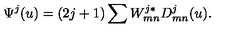
\Psi ^ { j } ( u ) = ( 2 j + 1 ) \sum W _ { m n } ^ { j * } D _ { m n } ^ { j } ( u ) .